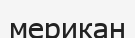
мерикан